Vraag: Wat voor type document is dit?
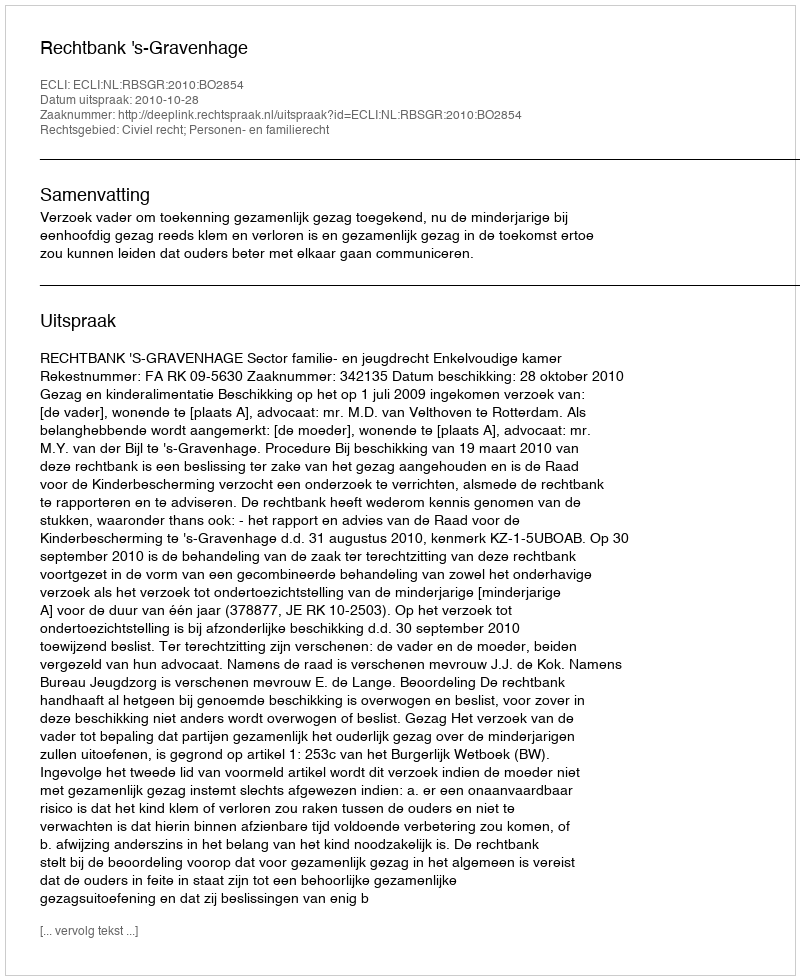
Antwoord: Uitspraak